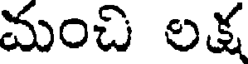
మంచి లక్ష